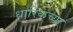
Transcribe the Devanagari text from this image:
धारिकेच्या